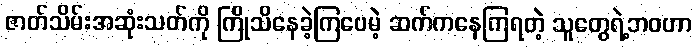
ဇာတ်သိမ်းအဆုံးသတ်ကို ကြိုသိနေခဲ့ကြပေမဲ့ ဆက်ကနေကြရတဲ့ သူတွေရဲ့ဘဝဟာ